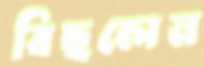
বিছলেন